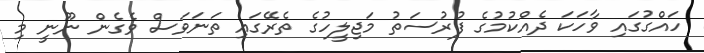
ހައްގުގައި ވާހަަކަ ދެއްކުމުގެ ފުރުސަތު މަޖިލީހުގެ ތެރޭގައި ތަނަވަސް ވެގެން ނޫނީ މި